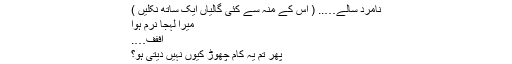
نامرد سالے….. ( اس کے منہ سے کئی گالیاں ایک ساتھ نکلیں )
میرا لہجا نرم ہوا
اففف….
پھر تم یہ کام چھوڑ کیوں نہیں دیتی ہو؟